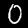
Label: 0